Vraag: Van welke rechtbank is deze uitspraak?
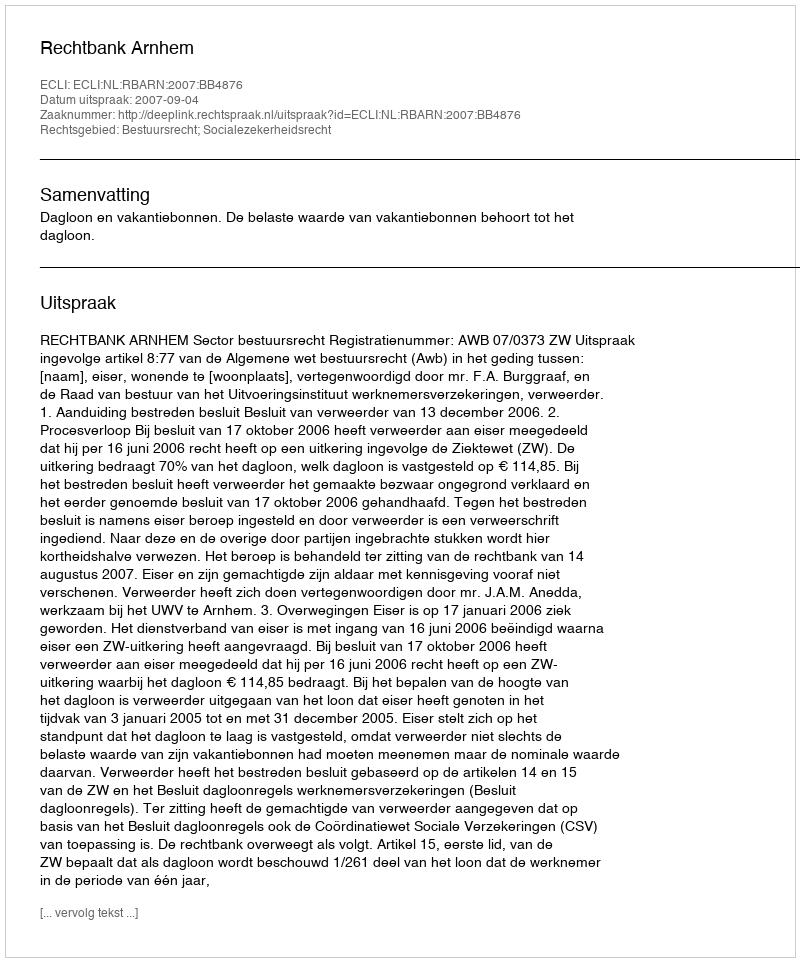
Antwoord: Rechtbank Arnhem